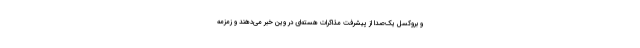
و بروکسل یک‌صدا از پیشرفت مذاکرات هسته‌ای در وین خبر می‌دهند و زمزمه